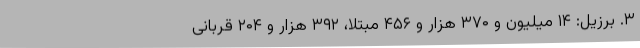
۳. برزیل: ۱۴ میلیون و ۳۷۰ هزار و ۴۵۶ مبتلا، ۳۹۲ هزار و ۲۰۴ قربانی